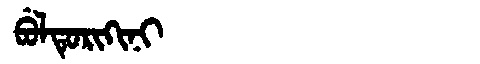
Manchu: ᠪᡠᠯᡨᡠᡵᡳᡴᡳᠨᡳ
Romanization: BULTURIKINI